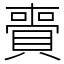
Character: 賷